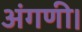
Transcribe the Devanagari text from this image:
अंगणी।